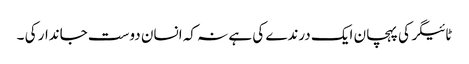
ٹائیگر کی پہچان ایک درندے کی ہے نہ کہ انسان دوست جاندار کی ۔